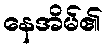
နေအိမ်၏